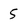
Character: 5